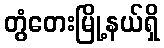
တွံတေးမြို့နယ်ရှိ